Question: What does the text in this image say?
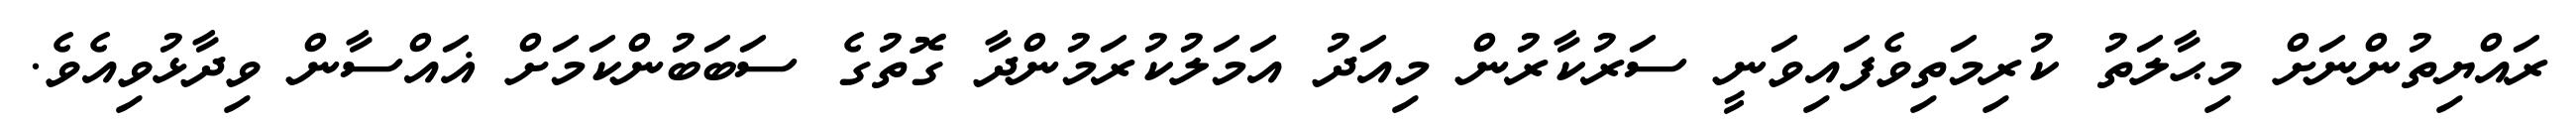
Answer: ރައްޔިތުންނަށް މިޙާލަތު ކުރިމަތިވެފައިވަނީ ސަރުކާރުން މިއަދު އަމަލުކުރަމުންދާ ގޮތުގެ ސަބަބުންކަމަށް ޣައްސާން ވިދާޅުވިއެވެ.